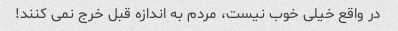
در واقع خیلی خوب نیست، مردم به اندازه قبل خرج نمی کنند!